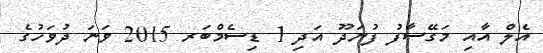
އެލް އާއި މަގޭސާފު ފުނަދޫ އަދި 1 ޑިސެމްބަރ 2015 ވަނަ ދުވަހުގެ